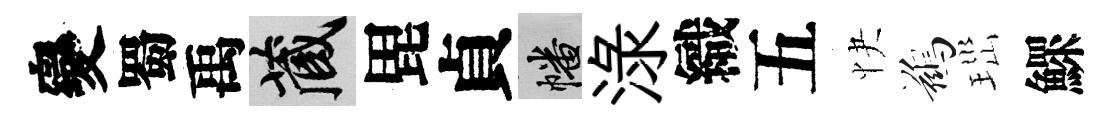
變蜀禹藏毘貞幡渌織五快鷀𤤼鰥